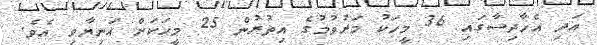
އަދި އެހާދިސާގައި 36 މީހަކު މަރުވުމުގެ އިތުރުން 25 މީހަކަށް އަނިޔާވި އެވެ.